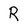
Character: R